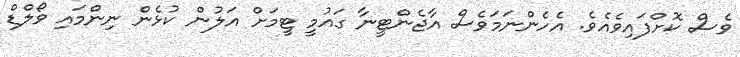
ވެސް ކޮށްފައިވެއެވެ. އެހެންނަމަވެސް އާޖެންޓީނާ ގައުމީ ޓީމަށް އަލުން ކުޅެން ނިންމައި ވޯލްޑް